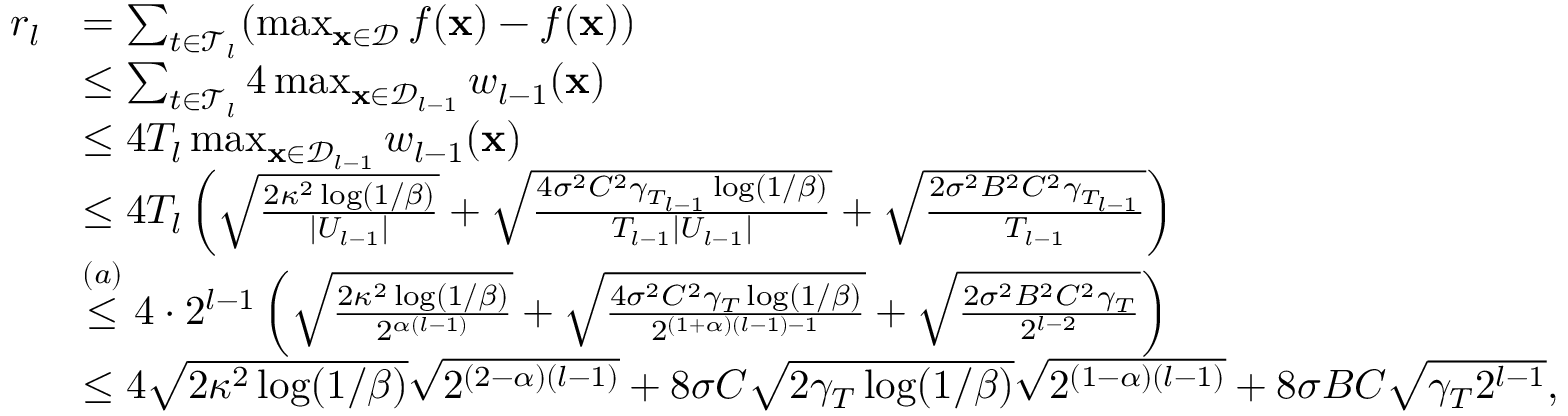
\begin{array} { r l } { r _ { l } } & { = \sum _ { t \in \mathcal { T } _ { l } } ( \operatorname* { m a x } _ { \mathbf { x } \in \mathcal { D } } f ( \mathbf { x } ) - f ( \mathbf { x } ) ) } \\ & { \leq \sum _ { t \in \mathcal { T } _ { l } } 4 \operatorname* { m a x } _ { \mathbf { x } \in \mathcal { D } _ { l - 1 } } w _ { l - 1 } ( \mathbf { x } ) } \\ & { \leq 4 T _ { l } \operatorname* { m a x } _ { \mathbf { x } \in \mathcal { D } _ { l - 1 } } w _ { l - 1 } ( \mathbf { x } ) } \\ & { \leq 4 T _ { l } \left( \sqrt { \frac { 2 \kappa ^ { 2 } \log ( 1 / \beta ) } { | U _ { l - 1 } | } } + \sqrt { \frac { 4 \sigma ^ { 2 } C ^ { 2 } \gamma _ { T _ { l - 1 } } \log ( 1 / \beta ) } { T _ { l - 1 } | U _ { l - 1 } | } } + \sqrt { \frac { 2 \sigma ^ { 2 } B ^ { 2 } C ^ { 2 } \gamma _ { T _ { l - 1 } } } { T _ { l - 1 } } } \right) } \\ & { \overset { ( a ) } { \leq } 4 \cdot 2 ^ { l - 1 } \left( \sqrt { \frac { 2 \kappa ^ { 2 } \log ( 1 / \beta ) } { 2 ^ { \alpha ( l - 1 ) } } } + \sqrt { \frac { 4 \sigma ^ { 2 } C ^ { 2 } \gamma _ { T } \log ( 1 / \beta ) } { 2 ^ { ( 1 + \alpha ) ( l - 1 ) - 1 } } } + \sqrt { \frac { 2 \sigma ^ { 2 } B ^ { 2 } C ^ { 2 } \gamma _ { T } } { 2 ^ { l - 2 } } } \right) } \\ & { \leq 4 \sqrt { 2 \kappa ^ { 2 } \log ( 1 / \beta ) } \sqrt { 2 ^ { ( 2 - \alpha ) ( l - 1 ) } } + 8 \sigma C \sqrt { 2 \gamma _ { T } \log ( 1 / \beta ) } \sqrt { 2 ^ { ( 1 - \alpha ) ( l - 1 ) } } + 8 \sigma B C \sqrt { \gamma _ { T } 2 ^ { l - 1 } } , } \end{array}